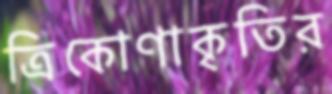
ত্রিকোণাকৃতির